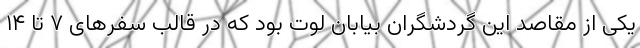
یکی از مقاصد این گردشگران بیابان لوت بود که در قالب سفرهای ۷ تا ۱۴